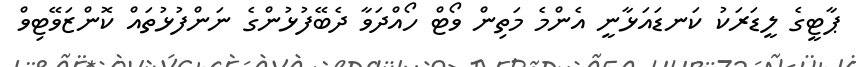
ޕާޓީގެ ލީޑަރަކު ކަނޑައަޅާނީ އެންމެ މަތިން ވޯޓް ހޯއްދަވާ ދެބޭފުޅުންގެ ނަންފުޅުތައް ކޮންޒަވޭޓިވް